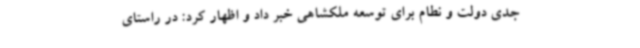
جدی دولت و نطام برای توسعه ملکشاهی خبر داد و اظهار کرد: در راستای